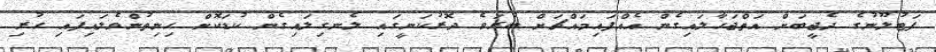
ފަޓުލޫނުގެ ދެޖީބަށް އަތްޖަހާލައިގެން އެއްފައިމައްޗަށް ބުރަވެ ދޮރުކަނީގައި ލެނގިލައިގެން ކުޑަކޮށް ހިނިތުންވެލައިފައި ހުރި